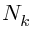
N _ { k }